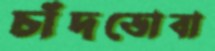
চাঁদডোবা